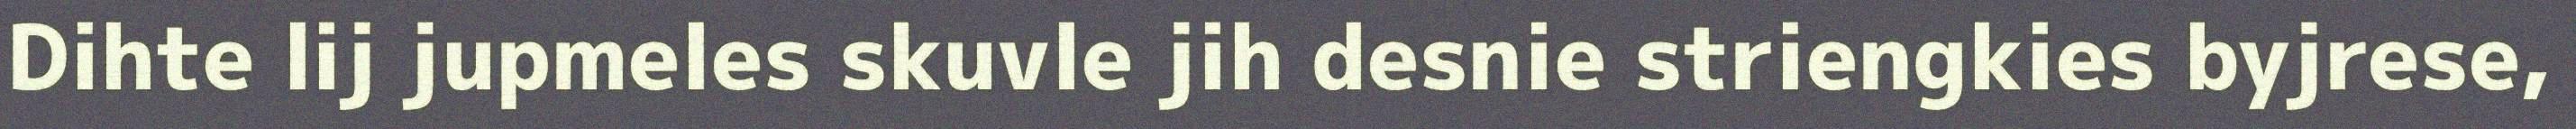
Dihte lij jupmeles skuvle jih desnie striengkies byjrese,